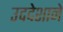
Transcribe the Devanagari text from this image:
उददेशाने